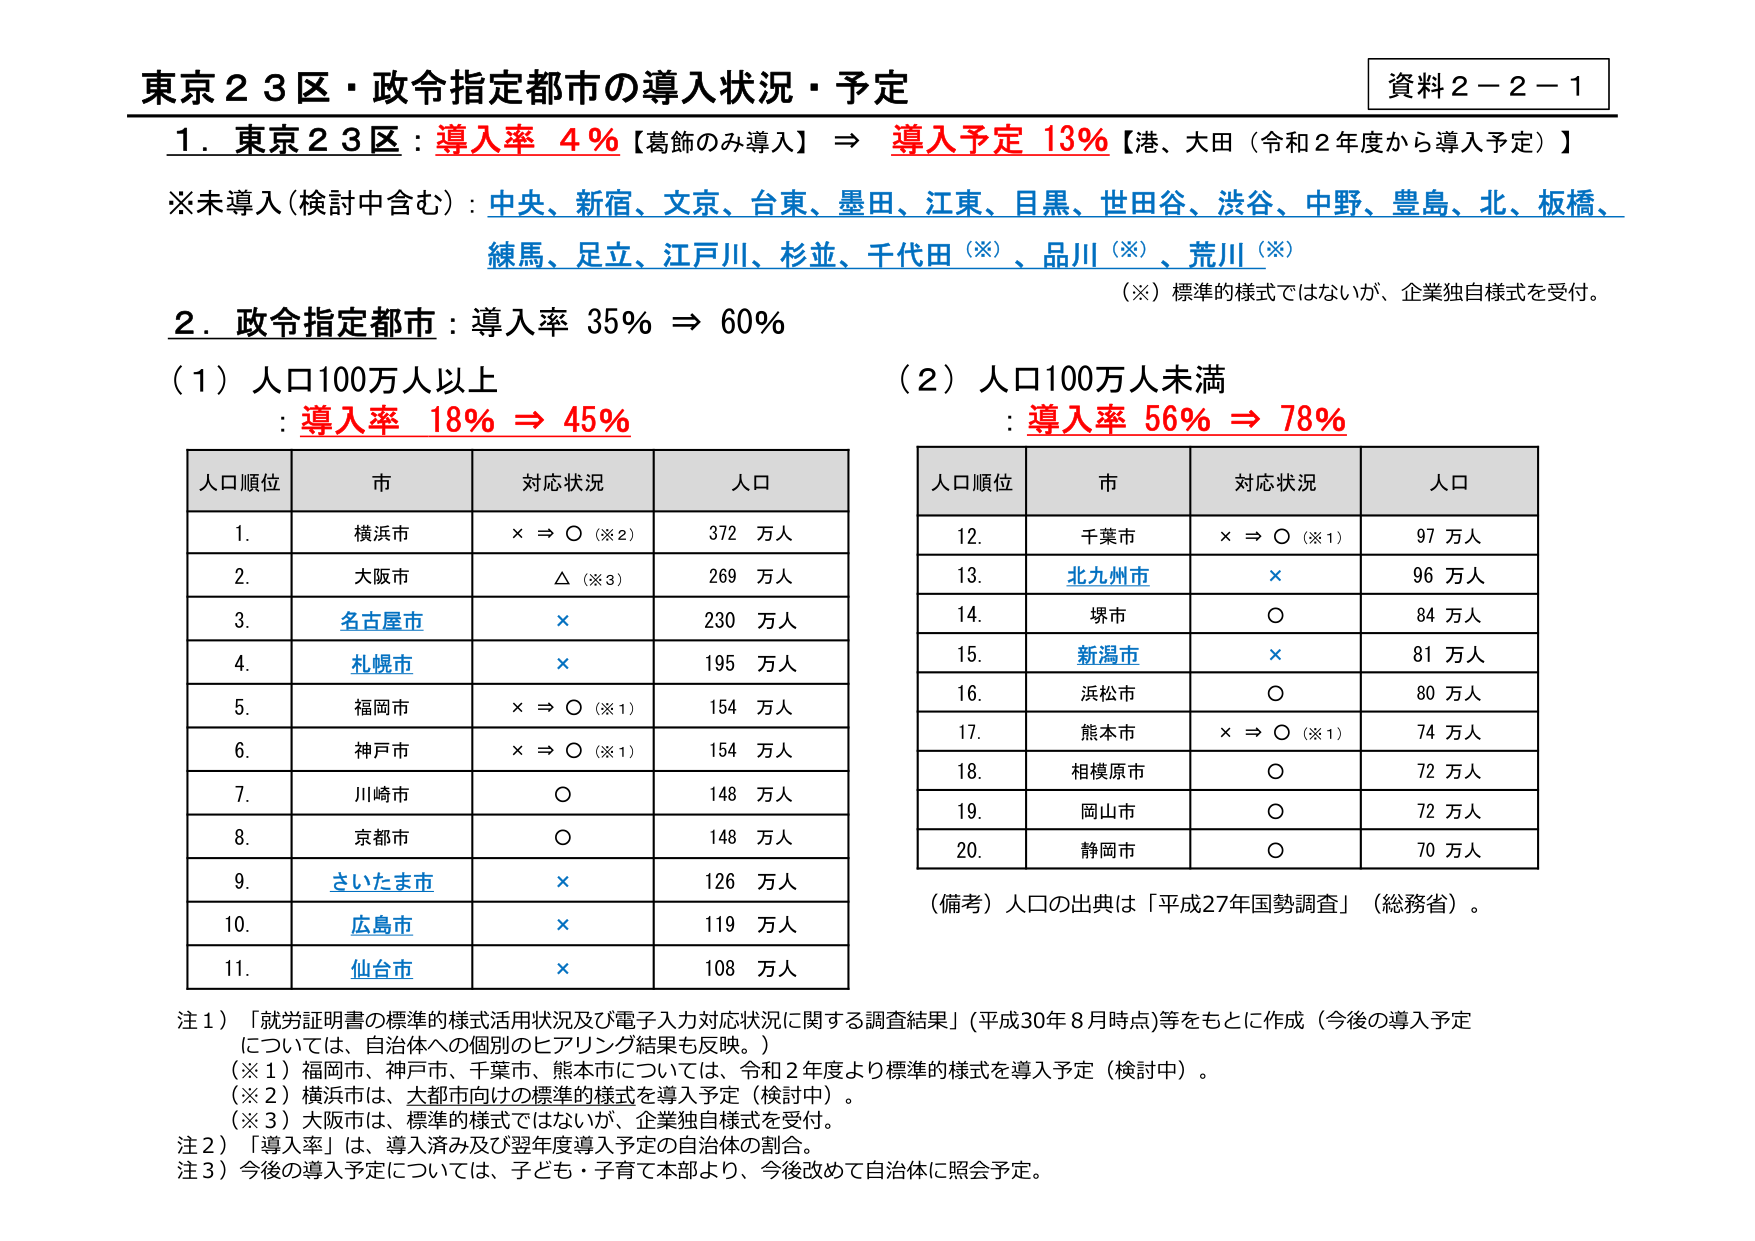
東京２３区・政令指定都市の導入状況・予定

資料２－２－１

１．東京２３区：導入率 4％【葛飾のみ導入】⇒ 導入予定 13％【港、大田（令和２年度から導入予定）】

※未導入（検討中含む）：中央、新宿、文京、台東、墨田、江東、目黒、世田谷、渋谷、中野、豊島、北、板橋、練馬、足立、江戸川、杉並、千代田（※）、品川（※）、荒川（※）

（※）標準的様式ではないが、企業独自様式を受付。

２．政令指定都市：導入率 35％ ⇒ 60％

（１）人口100万人以上：導入率 18％ ⇒ 45％

人口順位　市　対応状況　人口
1.　横浜市　× ⇒ ○（※2）　372 万人
2.　大阪市　△（※3）　269 万人
3.　名古屋市　×　230 万人
4.　札幌市　×　195 万人
5.　福岡市　× ⇒ ○（※1）　154 万人
6.　神戸市　× ⇒ ○（※1）　154 万人
7.　川崎市　○　148 万人
8.　京都市　○　148 万人
9.　さいたま市　×　126 万人
10.　広島市　×　119 万人
11.　仙台市　×　108 万人

（２）人口100万人未満：導入率 56％ ⇒ 78％

人口順位　市　対応状況　人口
12.　千葉市　× ⇒ ○（※1）　97 万人
13.　北九州市　×　96 万人
14.　堺市　○　84 万人
15.　新潟市　×　81 万人
16.　浜松市　○　80 万人
17.　熊本市　× ⇒ ○（※1）　74 万人
18.　相模原市　○　72 万人
19.　岡山市　○　72 万人
20.　静岡市　○　70 万人

（備考）人口の出典は「平成27年国勢調査」（総務省）。

注１）「就労証明書の標準的様式活用状況及び電子入力対応状況に関する調査結果」（平成30年８月時点）等をもとに作成（今後の導入予定については、自治体への個別のヒアリング結果も反映。）
（※１）福岡市、神戸市、千葉市、熊本市については、令和２年度より標準的様式を導入予定（検討中）。
（※２）横浜市は、大都市向けの標準的様式を導入予定（検討中）。
（※３）大阪市は、標準的様式ではないが、企業独自様式を受付。

注２）「導入率」は、導入済み及び翌年度導入予定の自治体の割合。

注３）今後の導入予定については、子ども・子育て本部より、今後改めて自治体に照会予定。